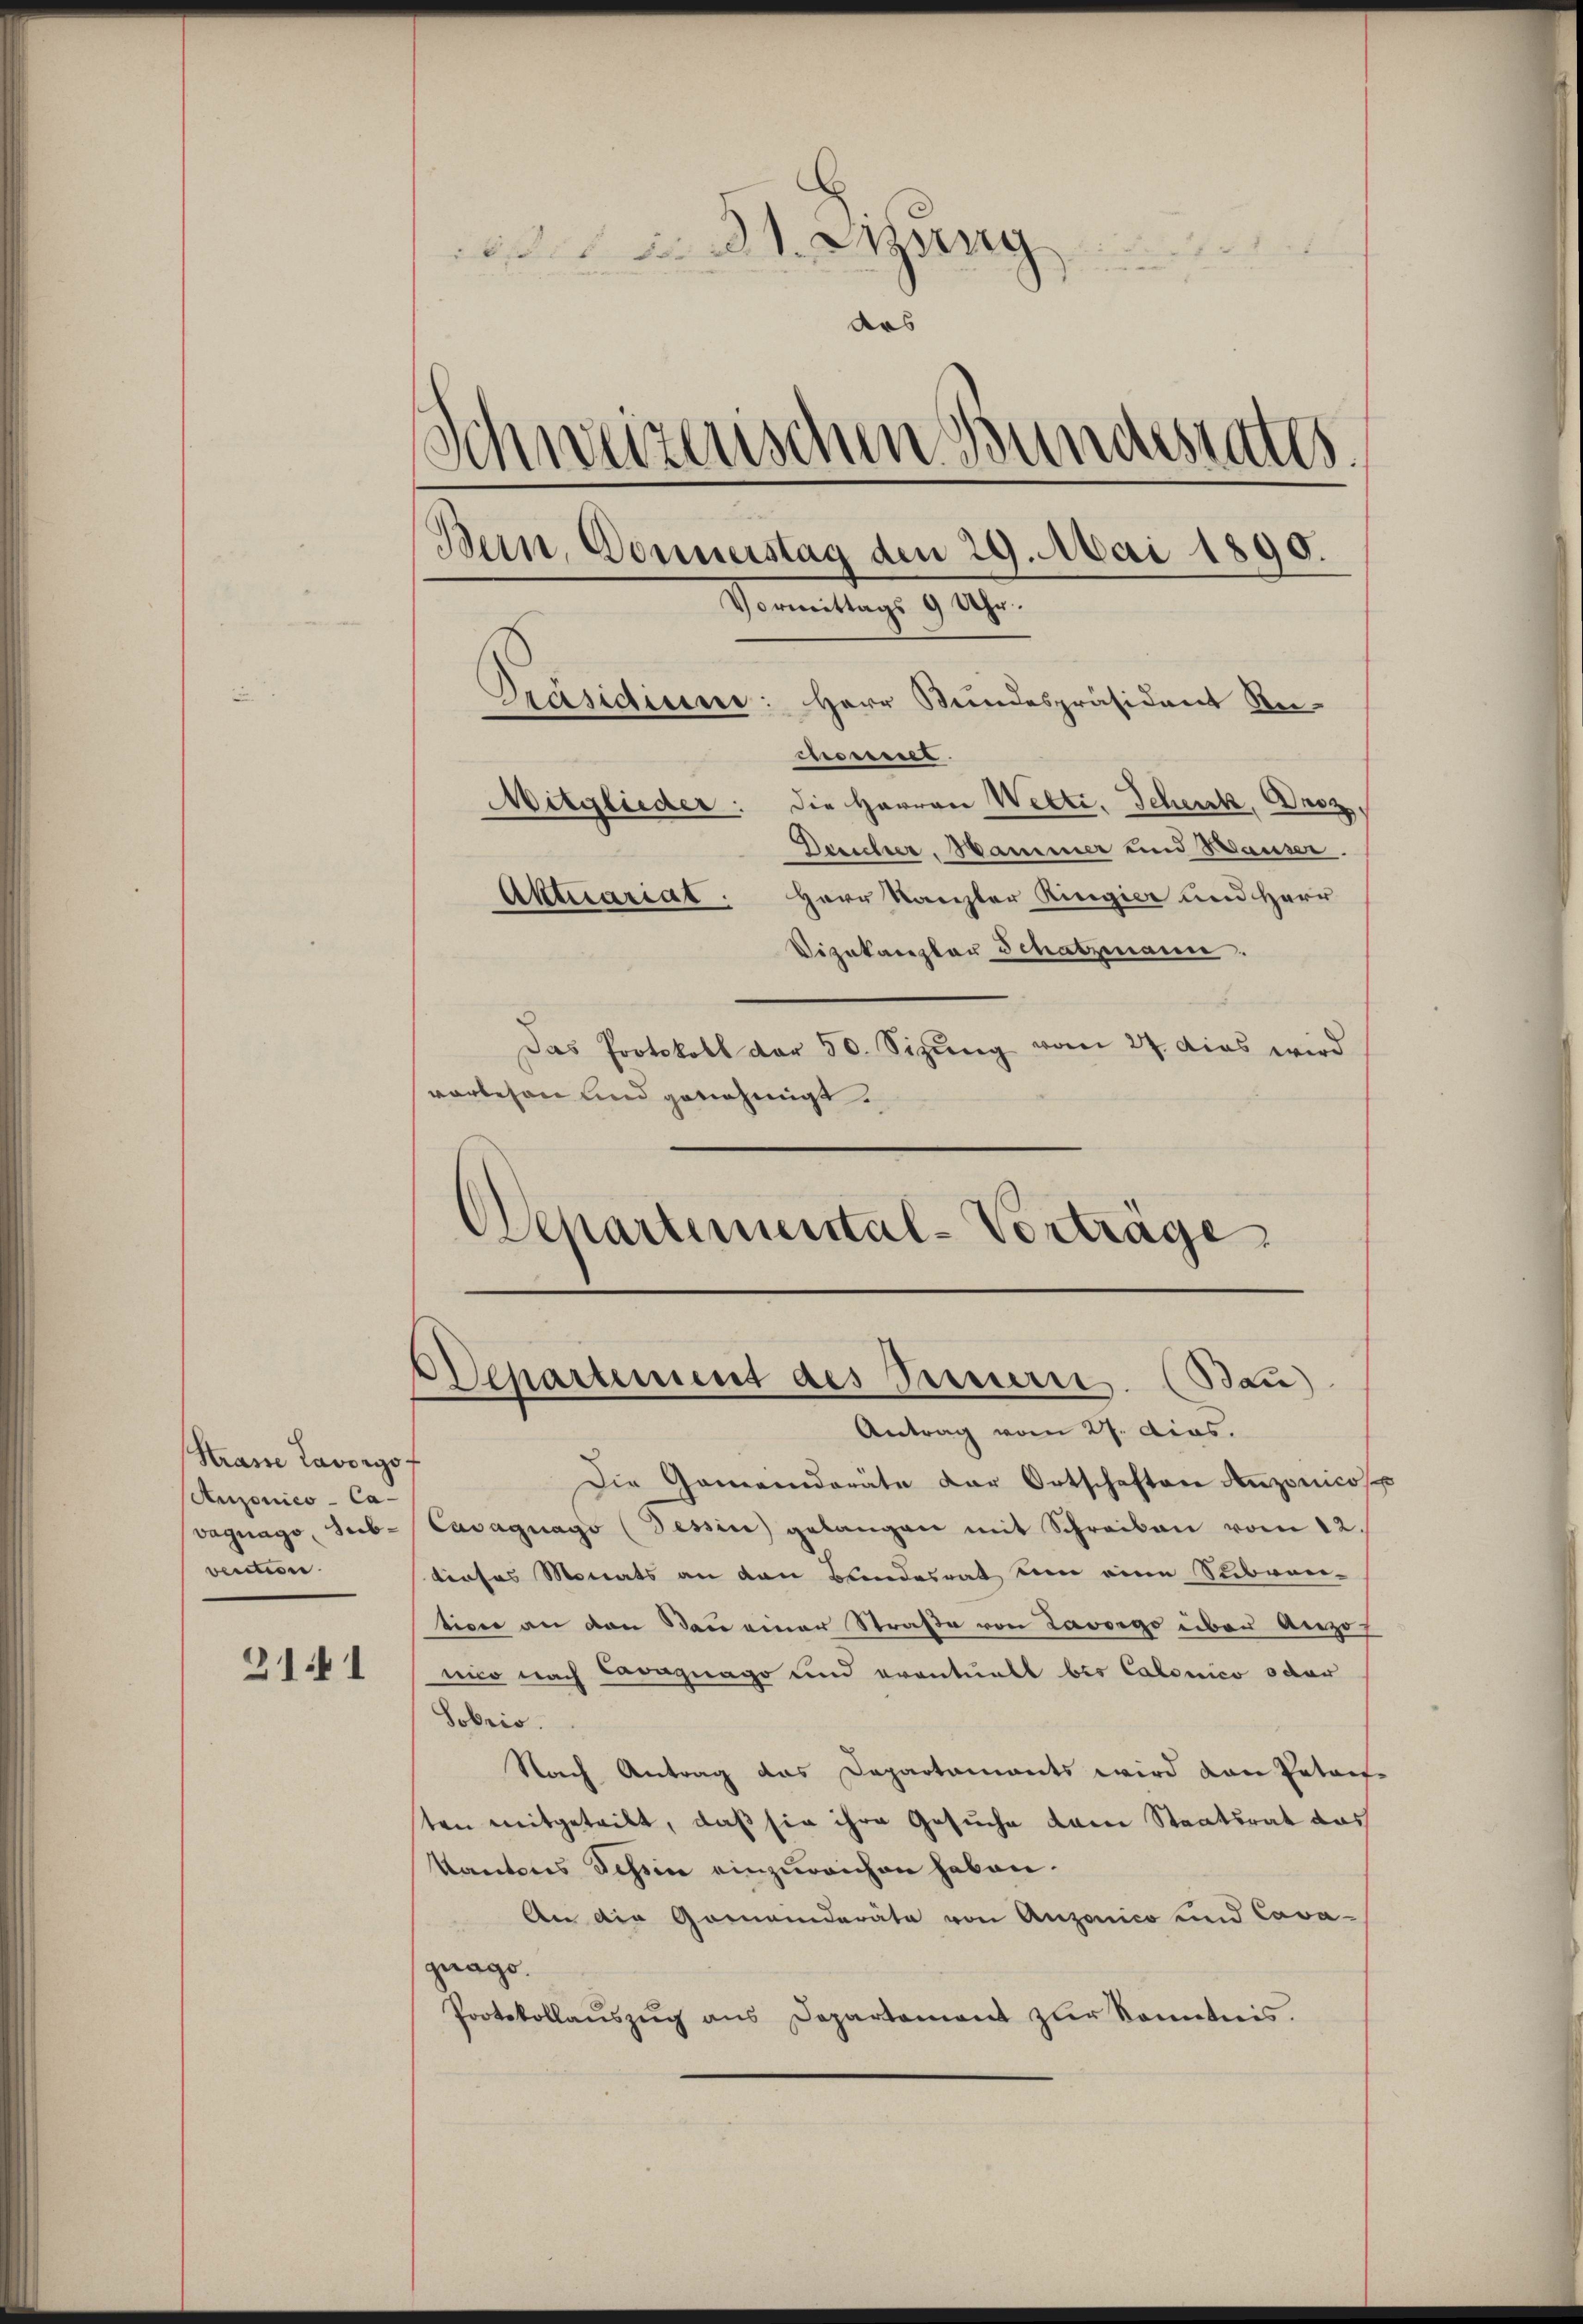
Strasse Lavorgof
Anzonico - Cavecction.

3141

d Sitzung
das
Schweizerischen Bundesrates.
Bern, Donnerstag den 29. Mai 1890.
Vormittags 9 Uhr.

Präsidium: Herr Bundespräsident An-
menes.
Mitglieder: die Herren Welti, Schenk, Droz.
Desicher, Hammer und Hauser.
Aktuariat. Herr Kanzler Ringier und Herr
Vizekanzler Schatzmann.
Das Protokoll der 50. Sizŭng vom 27. Das wird
vorlesen und genehmigt.
Departemental-Vorträge

Departement des Sauerit. (Bau)
Antrag vom 27. Acas.

Die Gemeinderäte der Ortschaften Anzonicos
Vagnago, Sub-Casagnago (Tessin gelangen mit Schreiben vom 12.
tiefes Monats an den Bundesrat um eine Stibvon-
tion an den Bau einer Straße von Lavoigo über Anzof
nico nach Langnago und eventuell bis Catonico oder
Sobris.
Nach Antrag das Departaments wird von Patent-
sten mitgeteilt, daß sie ihre Gesuche dem Staatsrat das
Kantons Schein einzureichen haben.
An die Gemeinderäte von Anzonico und Cavagrago.
Protokollaŭszŭg ans Departament zŭr Kenntnis.